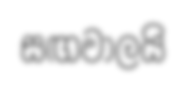
සඟවාලයි